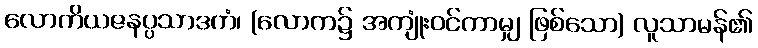
လောကိယဇနပ္ပသာဒကံ၊ (လောက၌ အကျုံးဝင်ကာမျှ ဖြစ်သော) လူသာမန်၏